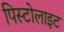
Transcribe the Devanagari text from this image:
पिस्टोलाइट